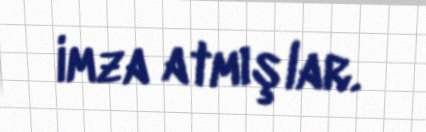
imza atmışlar.